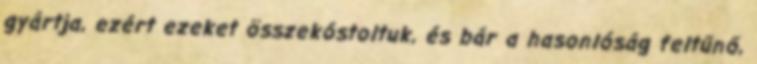
gyártja, ezért ezeket összekóstoltuk, és bár a hasonlóság feltűnő,